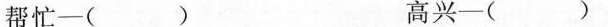
帮忙——( ) 高兴—— ( )